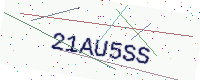
Text: 21AU5SS